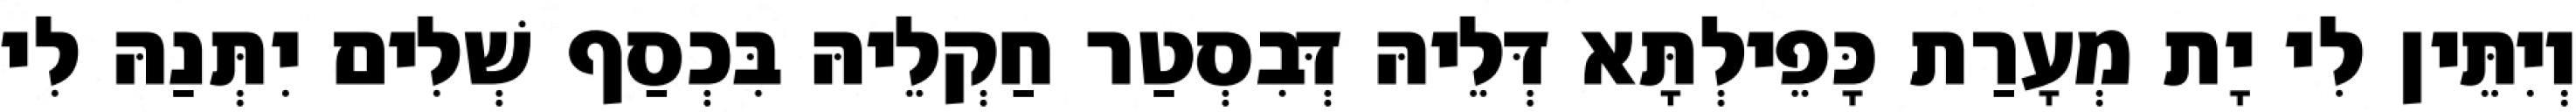
וְיִתֵּין לִי יָת מְעָרַת כָּפֵילְתָּא דְּלֵיהּ דְּבִסְטַר חַקְלֵיהּ בִּכְסַף שְׁלִים יִתְּנַהּ לִי